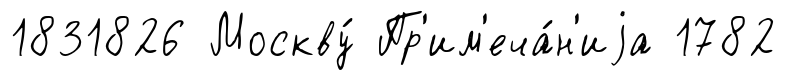
1831826 Москву́ Пр'им'еча́н'иjа 1782